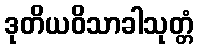
ဒုတိယဝိသာခါသုတ္တံ